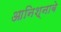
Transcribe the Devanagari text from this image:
आनिश्नाबे